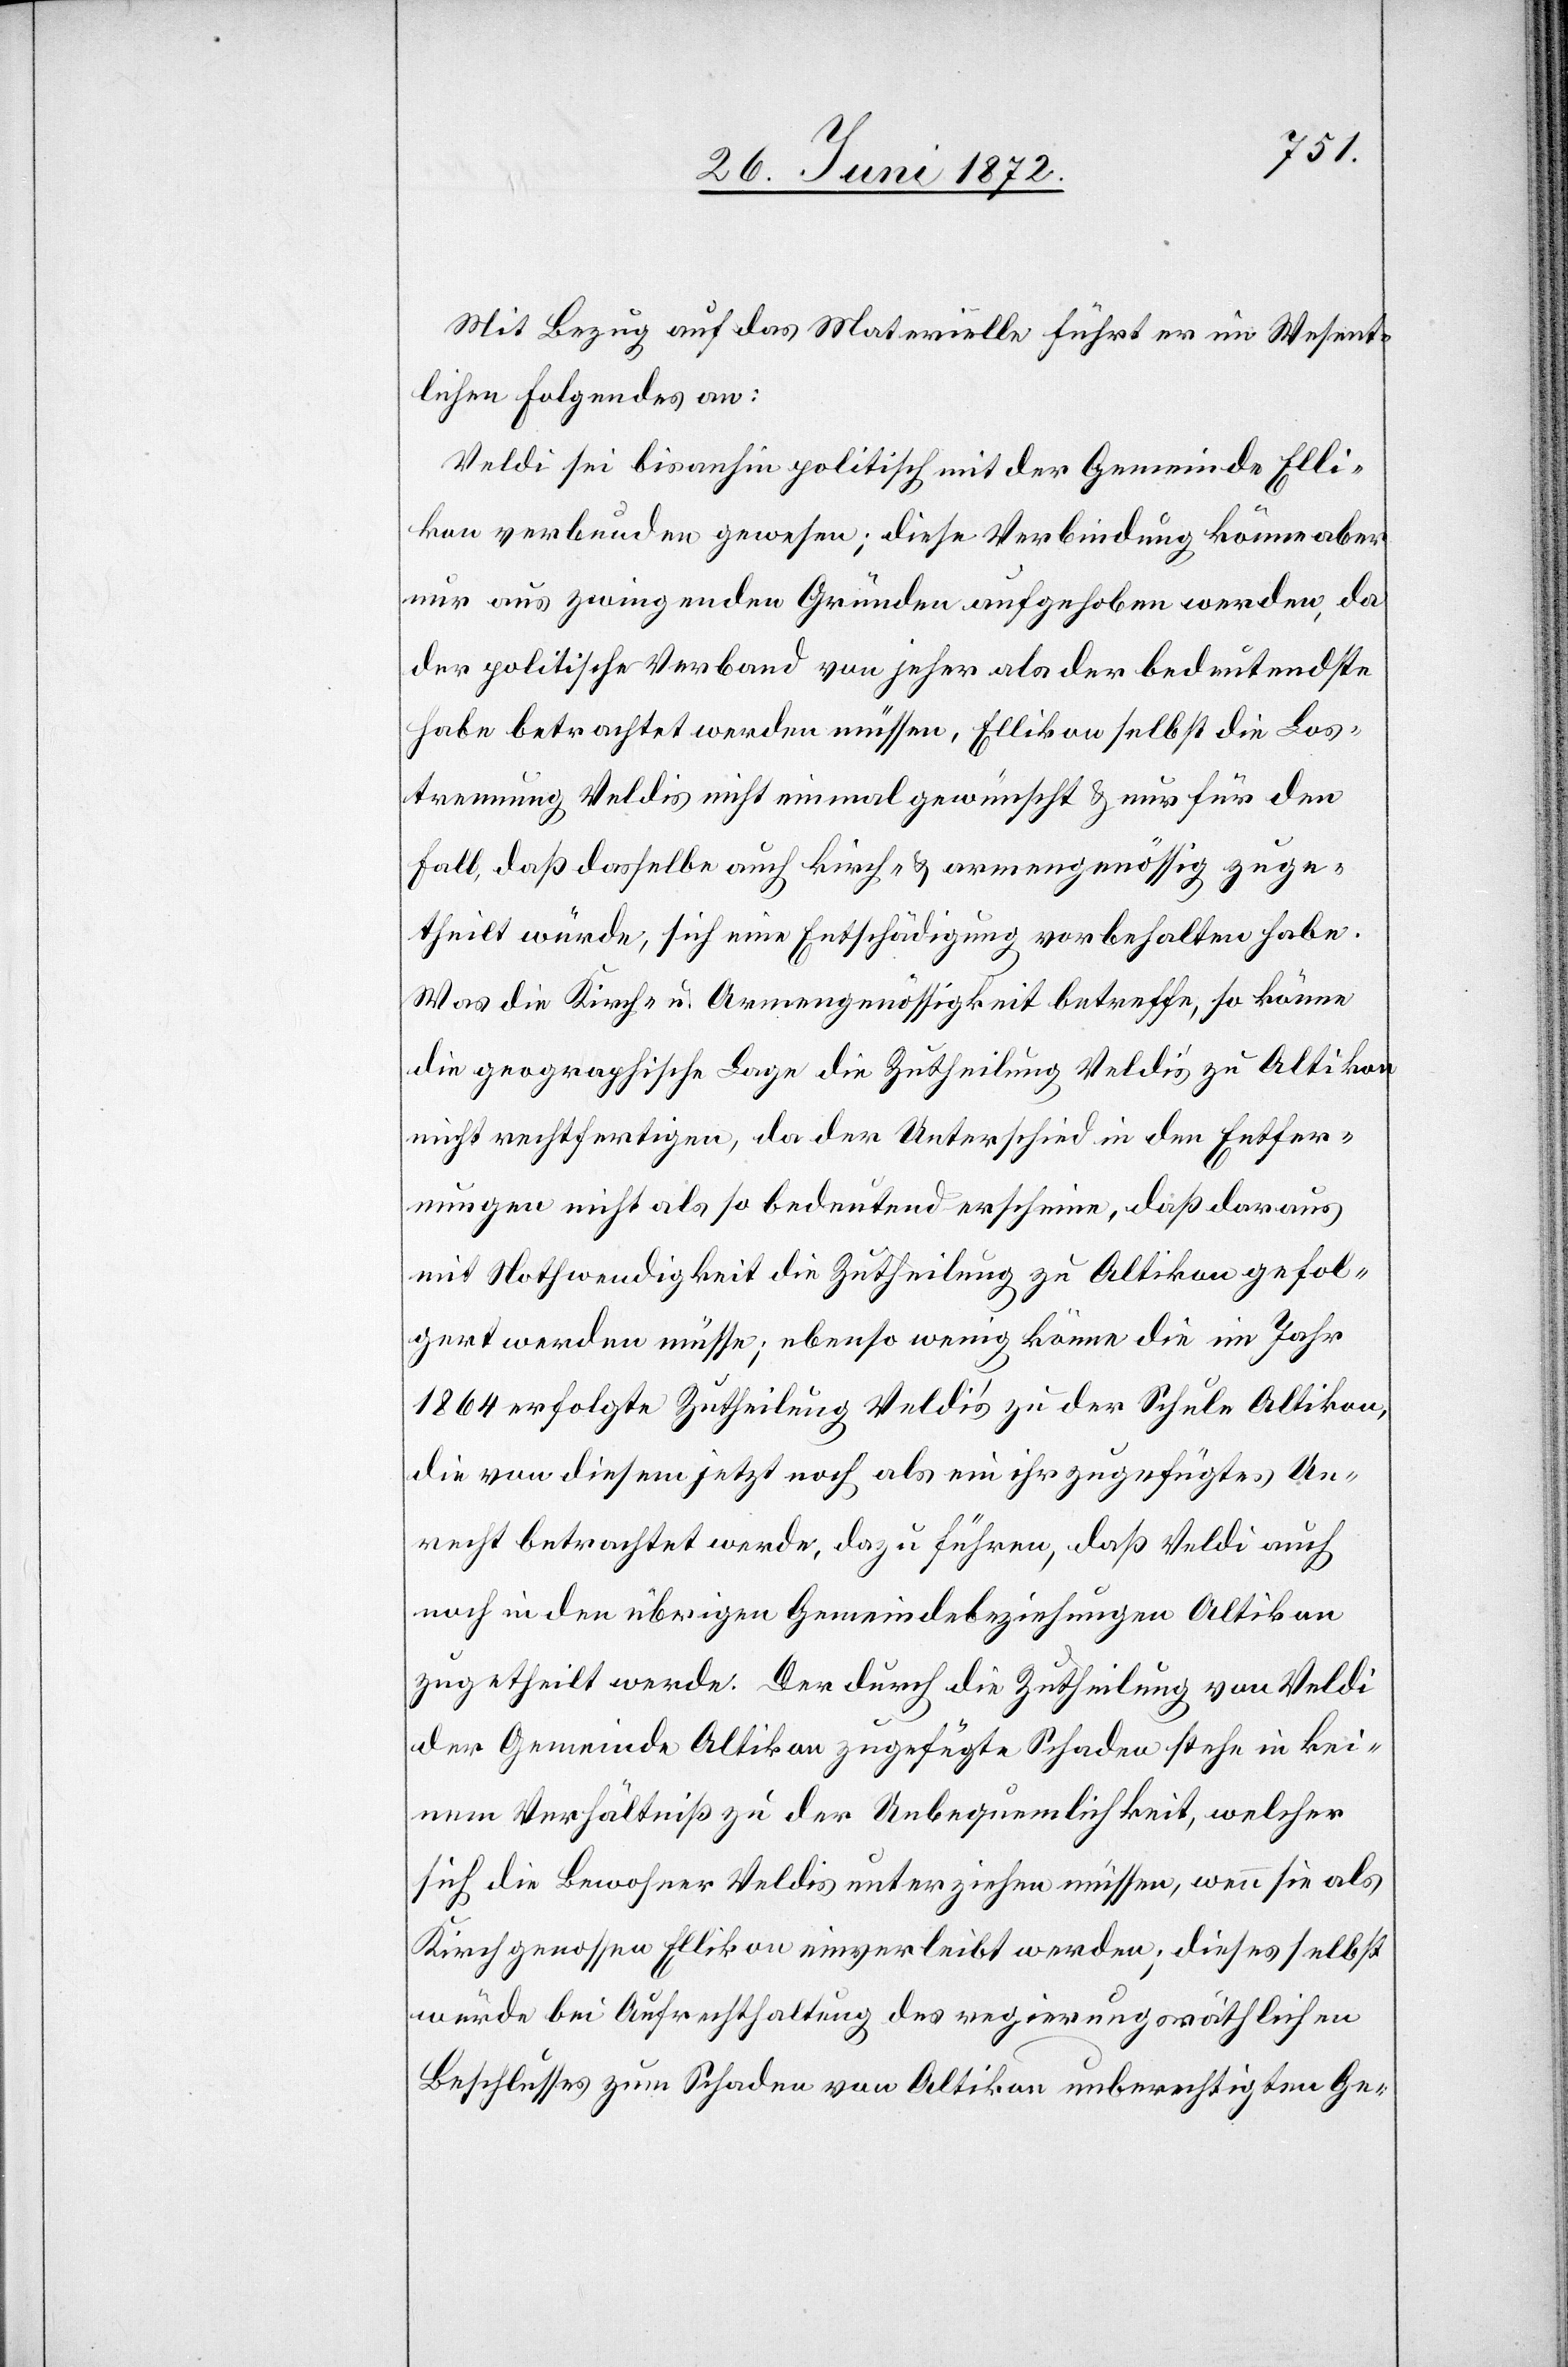
Mit Bezug auf das Materielle führt er im Wesent¬
lichen folgendes an:
Veldi sei bisanhin politisch mit der Gemeinde Elli¬
kon verbunden gewesen; diese Verbindung könne aber
nur aus zwingenden Gründen aufgehoben werden, da
der politische Verband von jeher als der bedeutendste
habe betrachtet werden müssen, Ellikon selbst die Los¬
trennung Veldis nicht einmal gewünscht u. nur für den
Fall, daß dasselbe auch kirch- u. armengenössig zuge¬
theilt würde, sich eine Entschädigung vorbehalten habe.
Was die Kirch- u. Armengenössigkeit betreffe, so könne
die geographische Lage die Zutheilung Veldi’s zu Altikon
nicht rechtfertigen, da der Unterschied in den Entfer¬
nungen nicht als so bedeutend erscheine, daß daraus
mit Nothwendigkeit die Zutheilung zu Altikon gefol¬
gert werden müsse; ebenso wenig könne die im Jahr
1864 erfolgte Zutheilung Veldi’s zu der Schule Altikon,
die von diesem jetzt noch als ein ihr zugefügtes Un¬
recht betrachtet werde, dazu führen, daß Veldi auch
noch in den übrigen Gemeindebeziehungen Altikon
zugetheilt werde. Der durch die Zutheilung von Veldi
der Gemeinde Altikon zugefügte Schaden stehe in kei¬
nem Verhältniß zu der Unbequemlichkeit, welcher
sich die Bewohner Veldis unterziehen müssen, wenn sie als
Kirchgenossen Ellikon einverleibt werden; dieses selbst
würde bei Aufrechthaltung des regierungsräthlichen
Beschlusses zum Schaden von Altikon unberechtigten Ge-